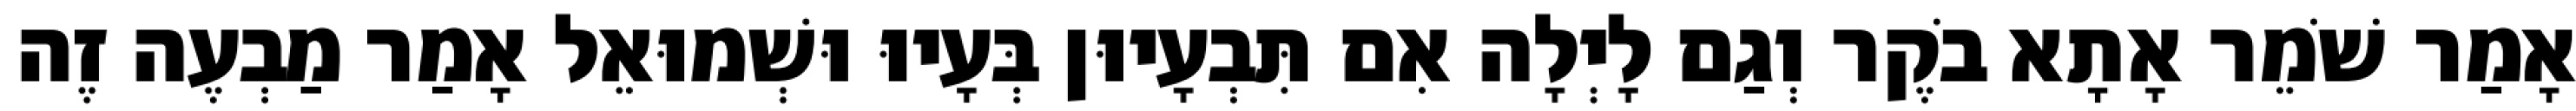
אָמַר שֹׁמֵר אָתָא בֹקֶר וְגַם לָיְלָה אִם תִּבְעָיוּן בְּעָיוּ וּשְׁמוּאֵל אָמַר מַבְעֶה זֶה